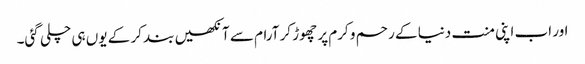
اور اب اپنی منت دنیا کے رحم و کرم پر چھوڑ کر آرام سے آنکھیں بند کر کے یوں ہی چلی گئی۔